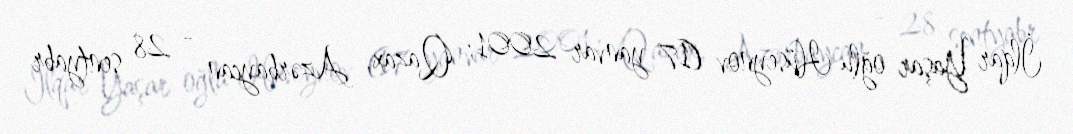
İlqar Yaşar oğlu Hüseynov (17 yanvar 2001; Qazax, Azərbaycan - 28 sentyabr